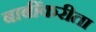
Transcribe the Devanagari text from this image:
बाबींकरीता